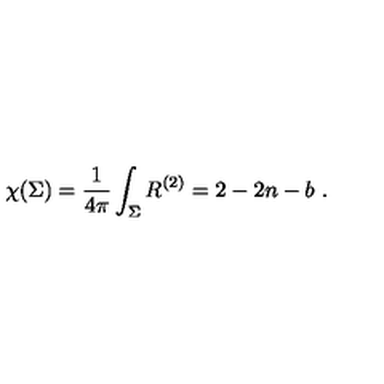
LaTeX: \chi ( \Sigma ) = \frac { 1 } { 4 \pi } \int _ { \Sigma } R ^ { ( 2 ) } = 2 - 2 n - b \ .